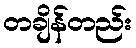
တချိန်တည်း